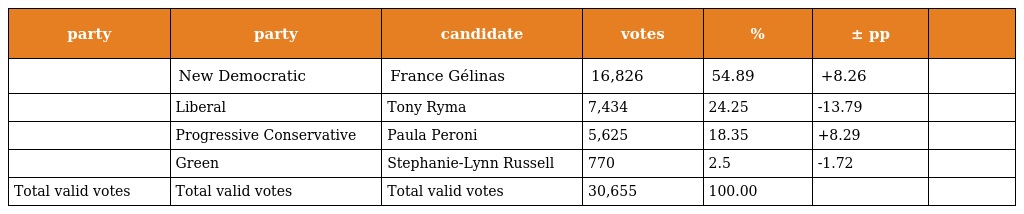
| party | party | candidate | votes | % | ± pp |  |
 | --- | --- | --- | --- | --- | --- | --- |
 |  | New Democratic | France Gélinas | 16,826 | 54.89 | +8.26 |  |
 |  | Liberal | Tony Ryma | 7,434 | 24.25 | -13.79 |  |
 |  | Progressive Conservative | Paula Peroni | 5,625 | 18.35 | +8.29 |  |
 |  | Green | Stephanie-Lynn Russell | 770 | 2.5 | -1.72 |  |
 | Total valid votes | Total valid votes | Total valid votes | 30,655 | 100.00 |  |  |